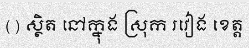
() ស្ថិត នៅក្នុង ស្រុក រវៀង ខេត្ត